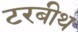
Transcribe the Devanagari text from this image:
टरबीथ